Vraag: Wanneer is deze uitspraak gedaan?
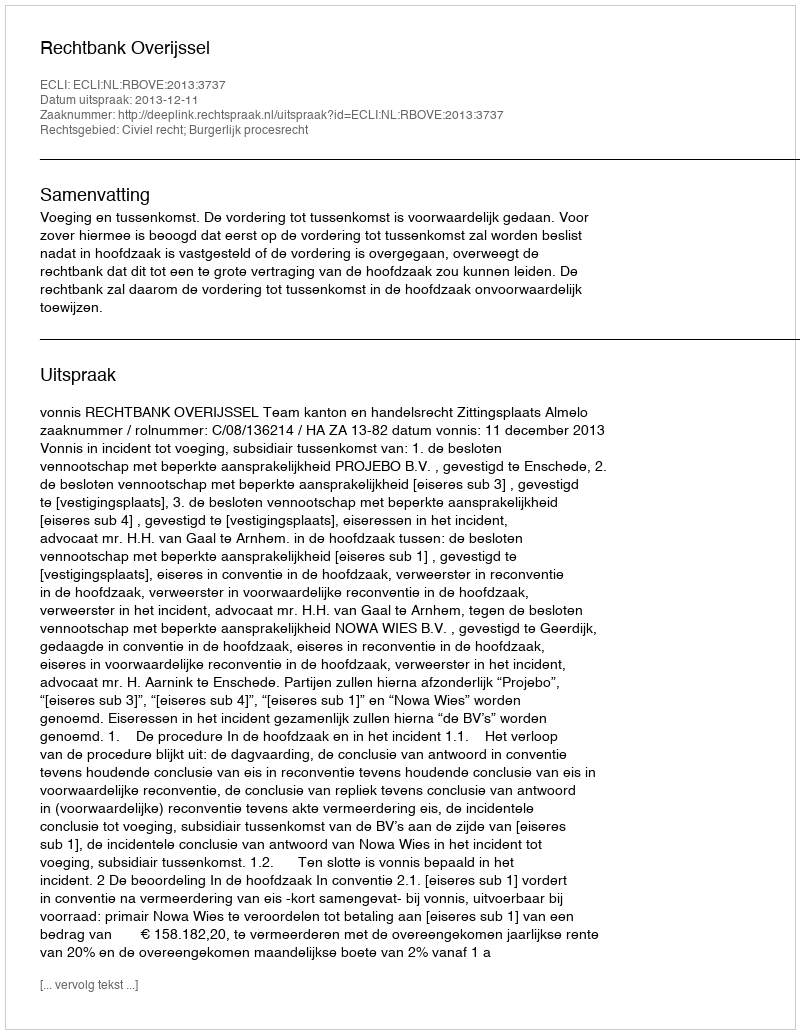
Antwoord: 2013-12-11